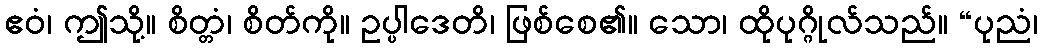
ဧဝံ၊ ဤသို့။ စိတ္တံ၊ စိတ်ကို။ ဥပ္ပါဒေတိ၊ ဖြစ်စေ၏။ သော၊ ထိုပုဂ္ဂိုလ်သည်။ “ပုညံ၊